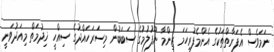
ނަމަވެސް އެފަރާތްތަކުގެ އެންމެފުރިހަމަ ޒިންމާ ނޫފުލުމުގެ ސަބަބުން މިސަރަހައްދުގެ ސިއްހީ ޚިދުމަތް މިއަދުވަނީ